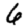
Digit: 6